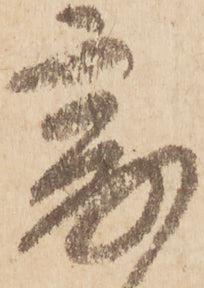
爰